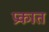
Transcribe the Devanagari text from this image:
प्रकात